Riigikantselei, lk 159
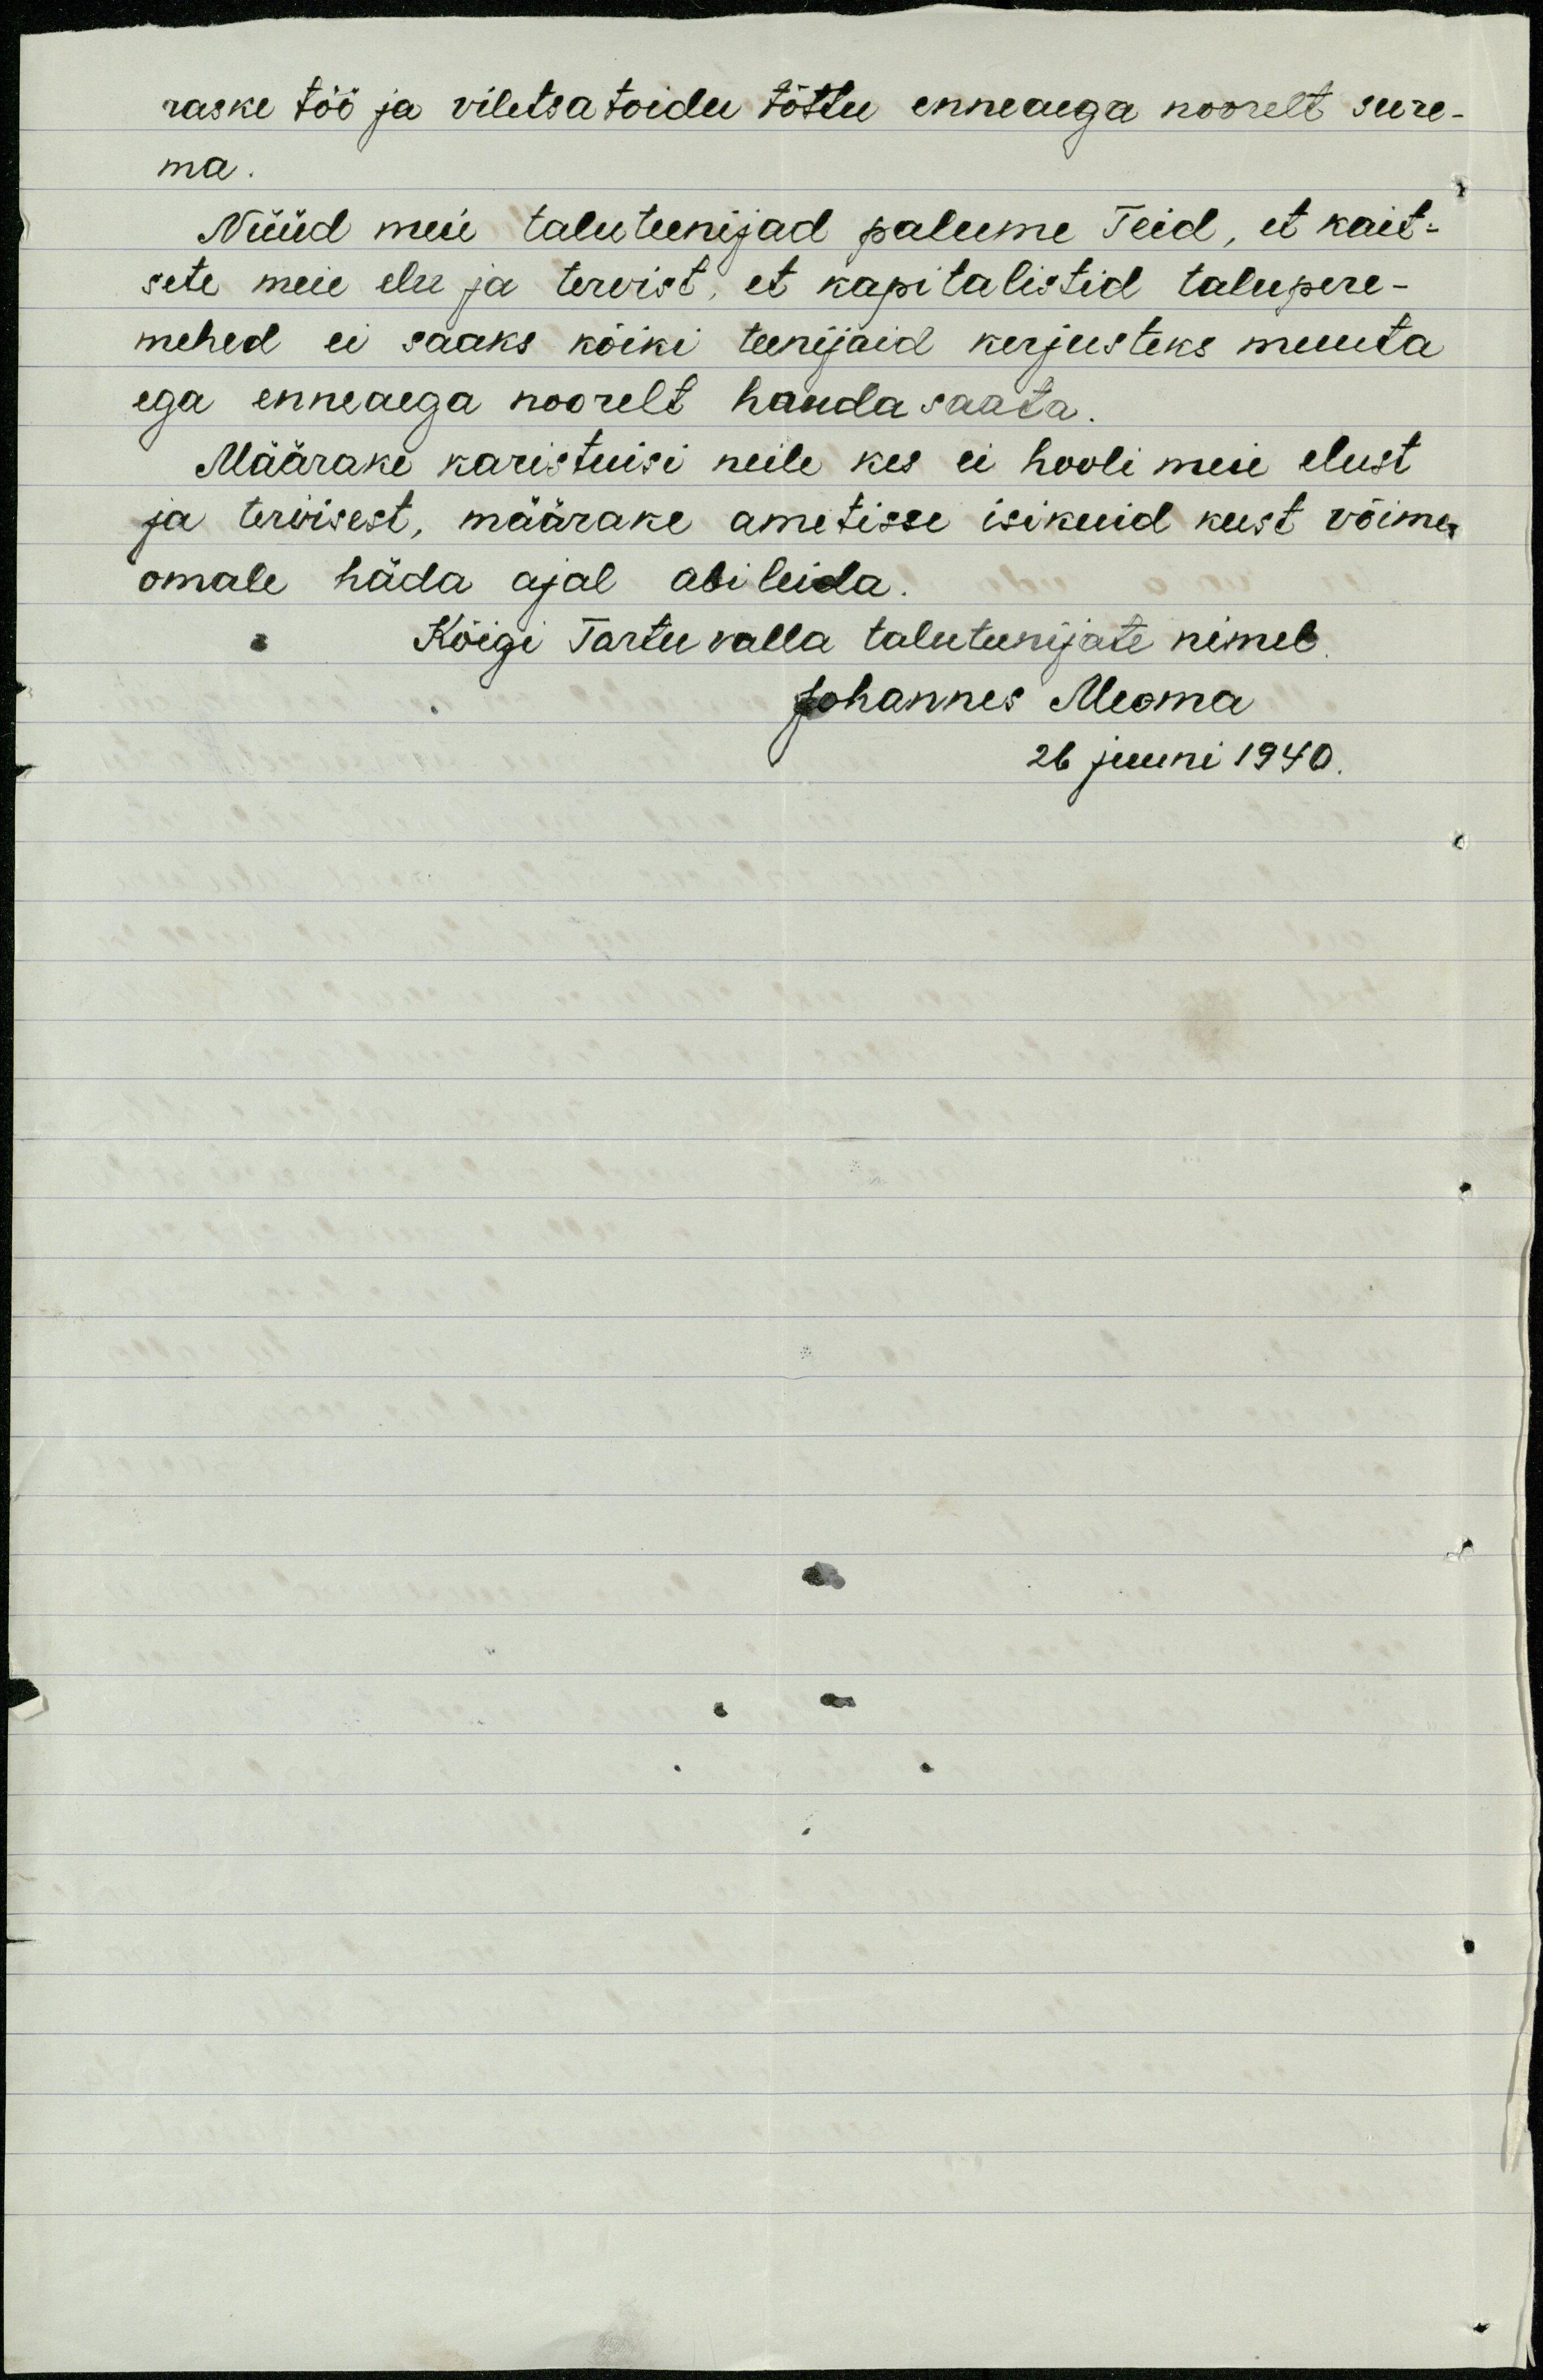
raske töö ja viletsa toidu tõttu enneaega noorelt sure-
ma.
Nüüd meie taluteenijad palume Teid, et kait-
sete meie elu ja tervist, et kapitalistid talupere-
mehed ei saaks kõiki teenijaid kerjusteks muuta
ega enneaega noorelt hauda saata.
Määrake karistuisi neile kes ei hooli meie elust
ja tervisest, määrake ametisse isikuid kust võime
omale häda ajal abi leida.
Kõigi Tartu valla talutunijate nimel
Johannes Meoma
26 juuni 1940.